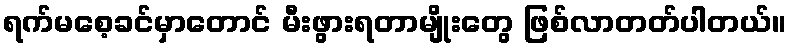
ရက်မစေ့ခင်မှာတောင် မီးဖွားရတာမျိုးတွေ ဖြစ်လာတတ်ပါတယ်။